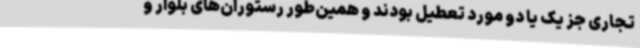
تجاری جز یک یا دو مورد تعطیل بودند و همین‌طور رستوران‌های بلوار و